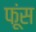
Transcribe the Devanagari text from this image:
फूंस